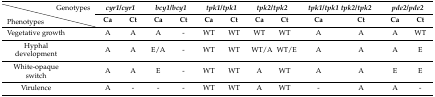
<table><thead><tr><td></td><td><b>Genotypes</b></td><td colspan="2"><b><i>cyr1/cyr1</i></b></td><td colspan="2"><b><i>bcy1/bcy1</i></b></td><td colspan="2"><b><i>tpk1/tpk1</i></b></td><td colspan="2"><b><i>tpk2/tpk2</i></b></td><td colspan="2"><b><i>tpk1/tpk1 tpk2/tpk2</i></b></td><td colspan="2"><b><i>pde2/pde2</i></b></td></tr><tr><td><b>Phenotypes</b></td><td></td><td><b>Ca</b></td><td><b>Ct</b></td><td><b>Ca</b></td><td><b>Ct</b></td><td><b>Ca</b></td><td><b>Ct</b></td><td><b>Ca</b></td><td><b>Ct</b></td><td><b>Ca</b></td><td><b>Ct</b></td><td><b>Ca</b></td><td><b>Ct</b></td></tr></thead><tbody><tr><td colspan="2">Vegetative growth</td><td>A</td><td>A</td><td>A</td><td>-</td><td>WT</td><td>WT</td><td>WT</td><td>WT</td><td>A</td><td>A</td><td>A</td><td>WT</td></tr><tr><td colspan="2">Hyphal development</td><td>A</td><td>A</td><td>E/A</td><td>-</td><td>WT</td><td>WT</td><td>WT/A</td><td>WT/E</td><td>A</td><td>A</td><td>A</td><td>E</td></tr><tr><td colspan="2">White-opaque switch</td><td>A</td><td>A</td><td>E</td><td>-</td><td>WT</td><td>WT</td><td>A</td><td>WT</td><td>A</td><td>A</td><td>E</td><td>E</td></tr><tr><td colspan="2">Virulence</td><td>A</td><td>-</td><td>-</td><td>-</td><td>WT</td><td>WT</td><td>A</td><td>WT</td><td>-</td><td>A</td><td>A</td><td>-</td></tr></tbody></table>